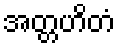
အတ္တဟိတံ